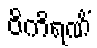
ဝိကိရဏိံ